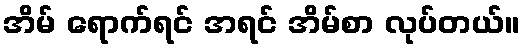
အိမ် ရောက်ရင် အရင် အိမ်စာ လုပ်တယ်။